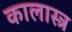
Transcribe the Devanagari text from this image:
कालास्त्र